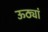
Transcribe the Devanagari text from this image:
ऊठ्यां